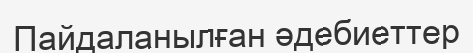
Пайдаланылған әдебиеттер